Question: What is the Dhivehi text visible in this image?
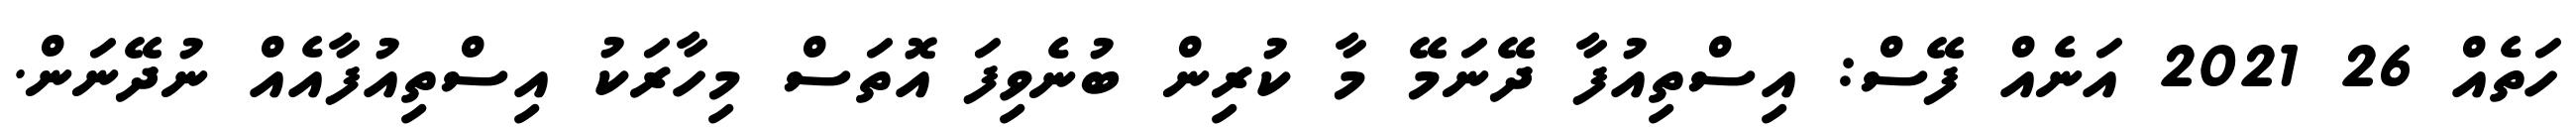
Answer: ހަތެއް 26 2021 އަނެއް ފޭސް: އިސްތިއުފާ ދޭނަމޭ މާ ކުރިން ބުނެވިފަ އޮތަސް މިހާރަކު އިސްތިއުފާއެއް ނުދޭނަން.